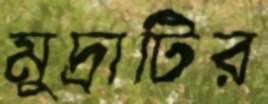
মুদ্রাটির